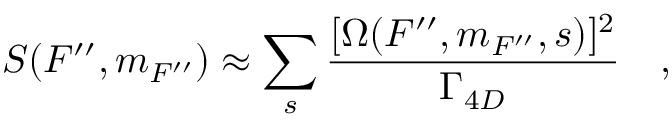
S ( F ^ { \prime \prime } , m _ { F ^ { \prime \prime } } ) \approx \sum _ { s } \frac { [ \Omega ( F ^ { \prime \prime } , m _ { F ^ { \prime \prime } } , s ) ] ^ { 2 } } { \Gamma _ { 4 D } } \quad ,